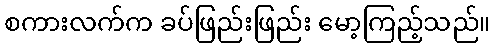
စကားလက်က ခပ်ဖြည်းဖြည်း မော့ကြည့်သည်။